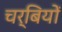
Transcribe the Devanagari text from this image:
चर्बियों